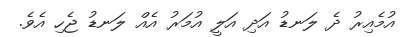
އުމެއިރު ދެ ލަނޑު އަދި އަލީ އުމަރު އެއް ލަނޑު ޖެހި އެވެ.